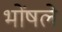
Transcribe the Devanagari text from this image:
भोंषले